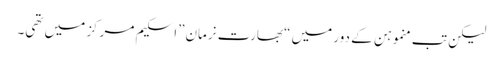
لیکن تب منموہن کے دور میں “بھارت نرمان”اسکیم مرکز میں تھی۔